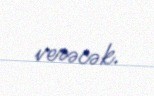
verəcək.